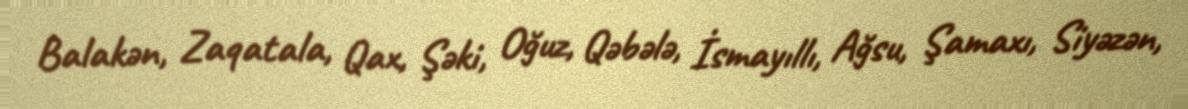
Balakən, Zaqatala, Qax, Şəki, Oğuz, Qəbələ, İsmayıllı, Ağsu, Şamaxı, Siyəzən,